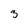
Character: 3